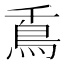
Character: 𩾭